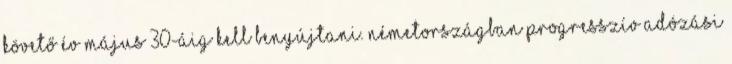
követő év május 30-áig kell benyújtani. Németországban progresszív adózási